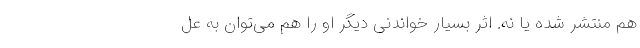
هم منتشر شده یا نه. اثر بسیار خواندنی دیگر او را هم می‌توان به عل